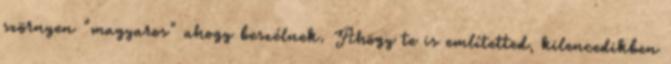
szörnyen "magyaros" ahogy beszélnek. Ahogy te is említetted, kilencedikben